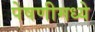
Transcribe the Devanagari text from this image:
पेषणीमध्ये